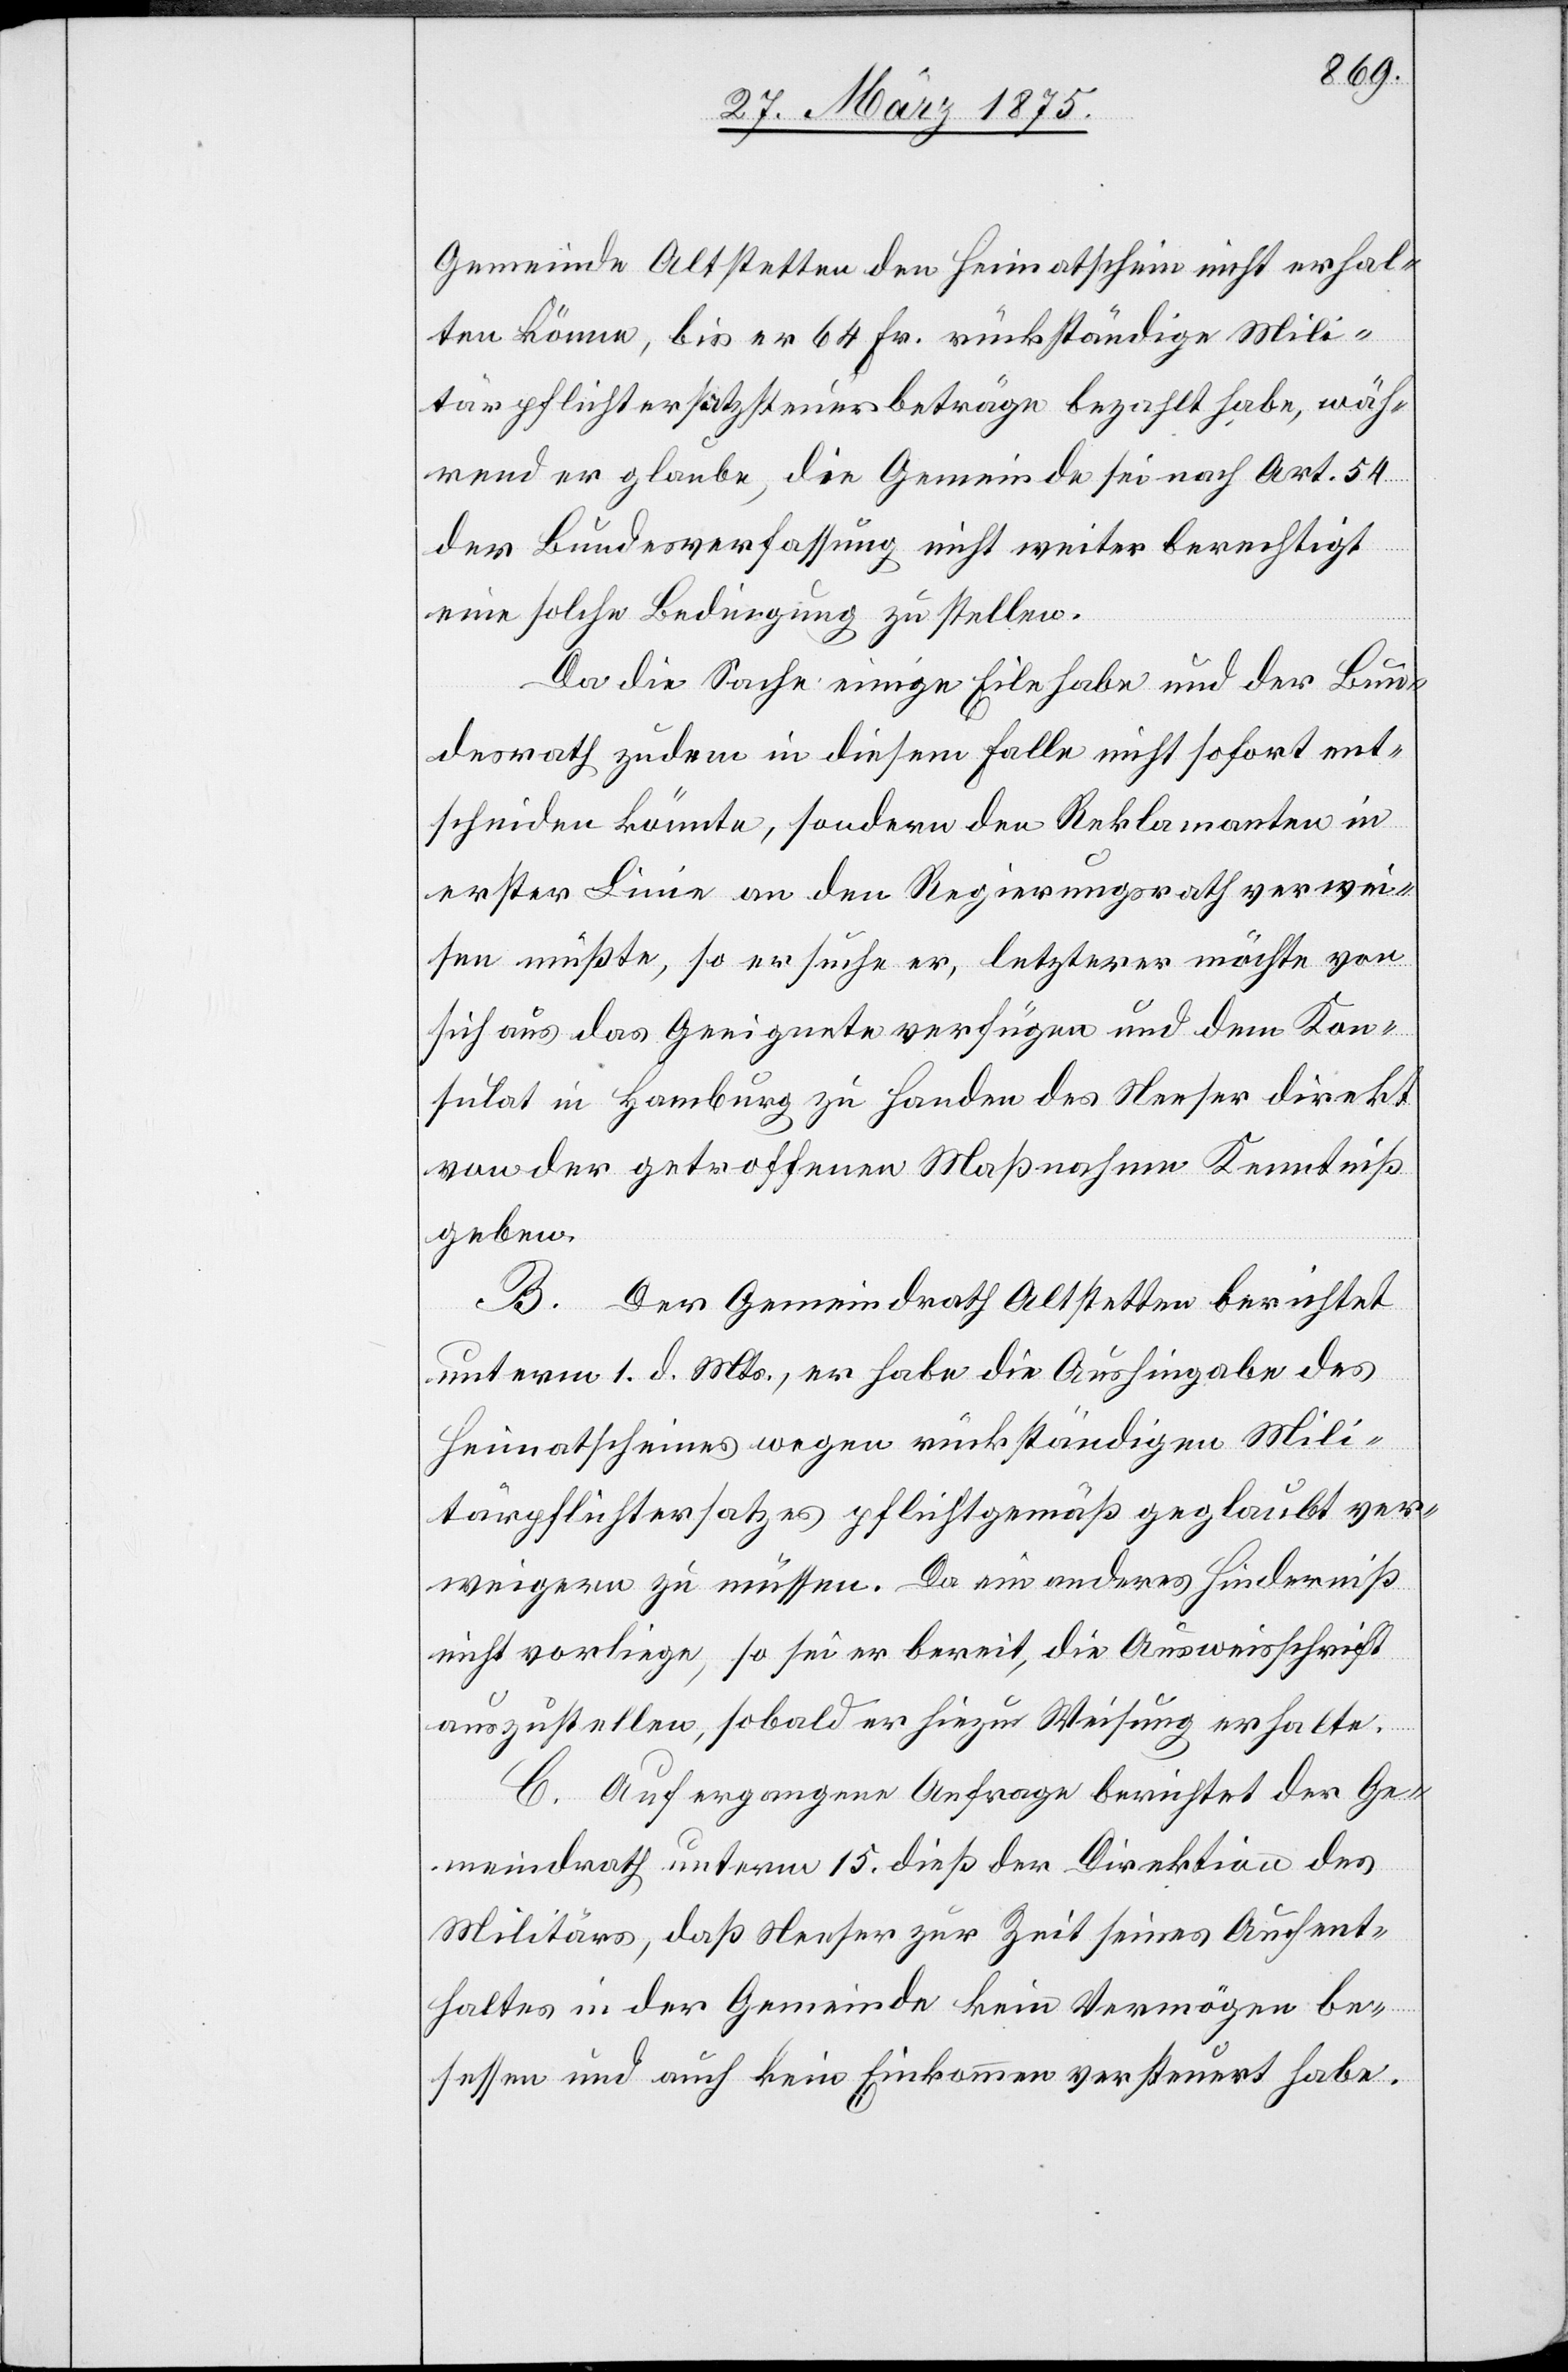
Gemeinde Affoltern den Heimatschein nicht erhal¬
ten könne, bis er 64 Fr. rückständige Mili¬
tärpflichtersatzsteuereinträge bezahlt habe, wäh¬
rend er glaube, die Gemeinde sei nach Art. 54
der Bundesverfassung nicht weiter berechtigt
eine solche Bedingung zu stellen.
Da die Sache einige Eile habe und der Bun¬
desrath zudem in diesem Falle nicht sofort ent¬
scheiden könnte, sondern den Reklamanten in
erster Linie an den Regierungsrath verwei¬
sen müßte, so ersuche er, letzterer möchte von
sich aus das Geeignete verfügen und dem Kon¬
sulat in Hamburg zu Handen des Neeser direkt
von der getroffenen Maßnahme Kenntniß
geben.
B. Der Gemeindrath Affoltern berichtet
unterm 1. d. Mts, er habe die Aushingabe des
Heimatscheines wegen rückständigen Mili¬
tärpflichtersatzes pflichtgemäß geglaubt ver¬
weigern zu müssen. Da ein anderes Hinderniß
nicht vorliege, so sei er bereit, die Ausweisschrift
auszustellen, sobald er hiezu Weisung erhalte.
C. Auf ergangene Anfrage berichtet der Ge¬
meindrath unterm 15. dieß der Direktion des
Militärs, daß Neeser zu Zeit seines Aufent¬
haltes in der Gemeinde kein Vermögen be¬
sessen und auch kein Einkommen versteuert habe.